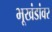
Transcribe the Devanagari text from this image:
भूखंडांवर